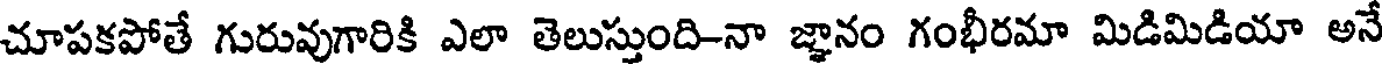
చూపకపోతే గురువుగారికి ఎలా తెలుస్తుంది-నా జ్ఞానం గంభీరమా మిడిమిడియా అనే